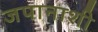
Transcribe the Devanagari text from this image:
जपानाशी